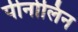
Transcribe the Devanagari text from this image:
पीनोलिन